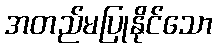
အတည်မပြုနိုင်သော